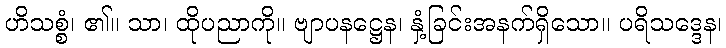
ဟိသစ္စံ၊ ၏။ သာ၊ ထိုပညာကို။ ဗျာပနဋ္ဌေန၊ နှံ့ခြင်းအနက်ရှိသော။ ပရိသဒ္ဒေန၊